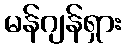
မန်ဂျန်ရှား